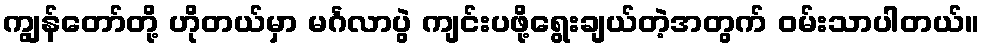
ကျွန်တော်တို့ ဟိုတယ်မှာ မင်္ဂလာပွဲ ကျင်းပဖို့ရွေးချယ်တဲ့အတွက် ဝမ်းသာပါတယ်။